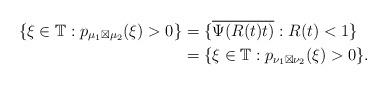
LaTeX: \begin{align*}\{\xi\in\mathbb{T}:p_{\mu_{1}\boxtimes\mu_{2}}(\xi)>0\} & =\{\overline{\Psi(R(t)t)}:R(t)<1\}\\ & =\{\xi\in\mathbb{T}:p_{\nu_{1}\boxtimes\nu_{2}}(\xi)>0\}.\end{align*}